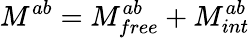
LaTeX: M^{ab}=M_{free}^{ab}+M_{int}^{ab}